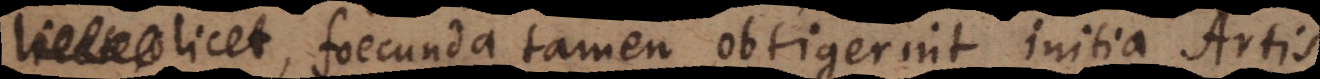
licet, foecunda tamen obtigerint initia Artis